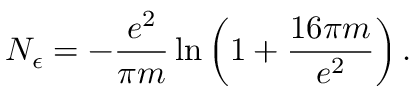
N _ { \epsilon } = - \frac { e ^ { 2 } } { \pi m } \ln \left( 1 + \frac { 1 6 \pi m } { e ^ { 2 } } \right) .